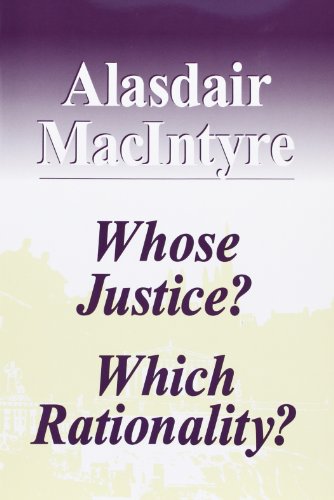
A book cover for Whose Justice? Which Rationality?; Alasdair Macintyre; Politics & Social Sciences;